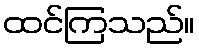
ထင်ကြသည်။